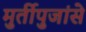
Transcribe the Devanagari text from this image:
मुर्तीपुजांसे